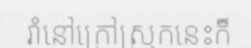
រាំនៅក្រៅស្រុកនេះក៏